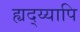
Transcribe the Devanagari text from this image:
ह्यद्य्यापि